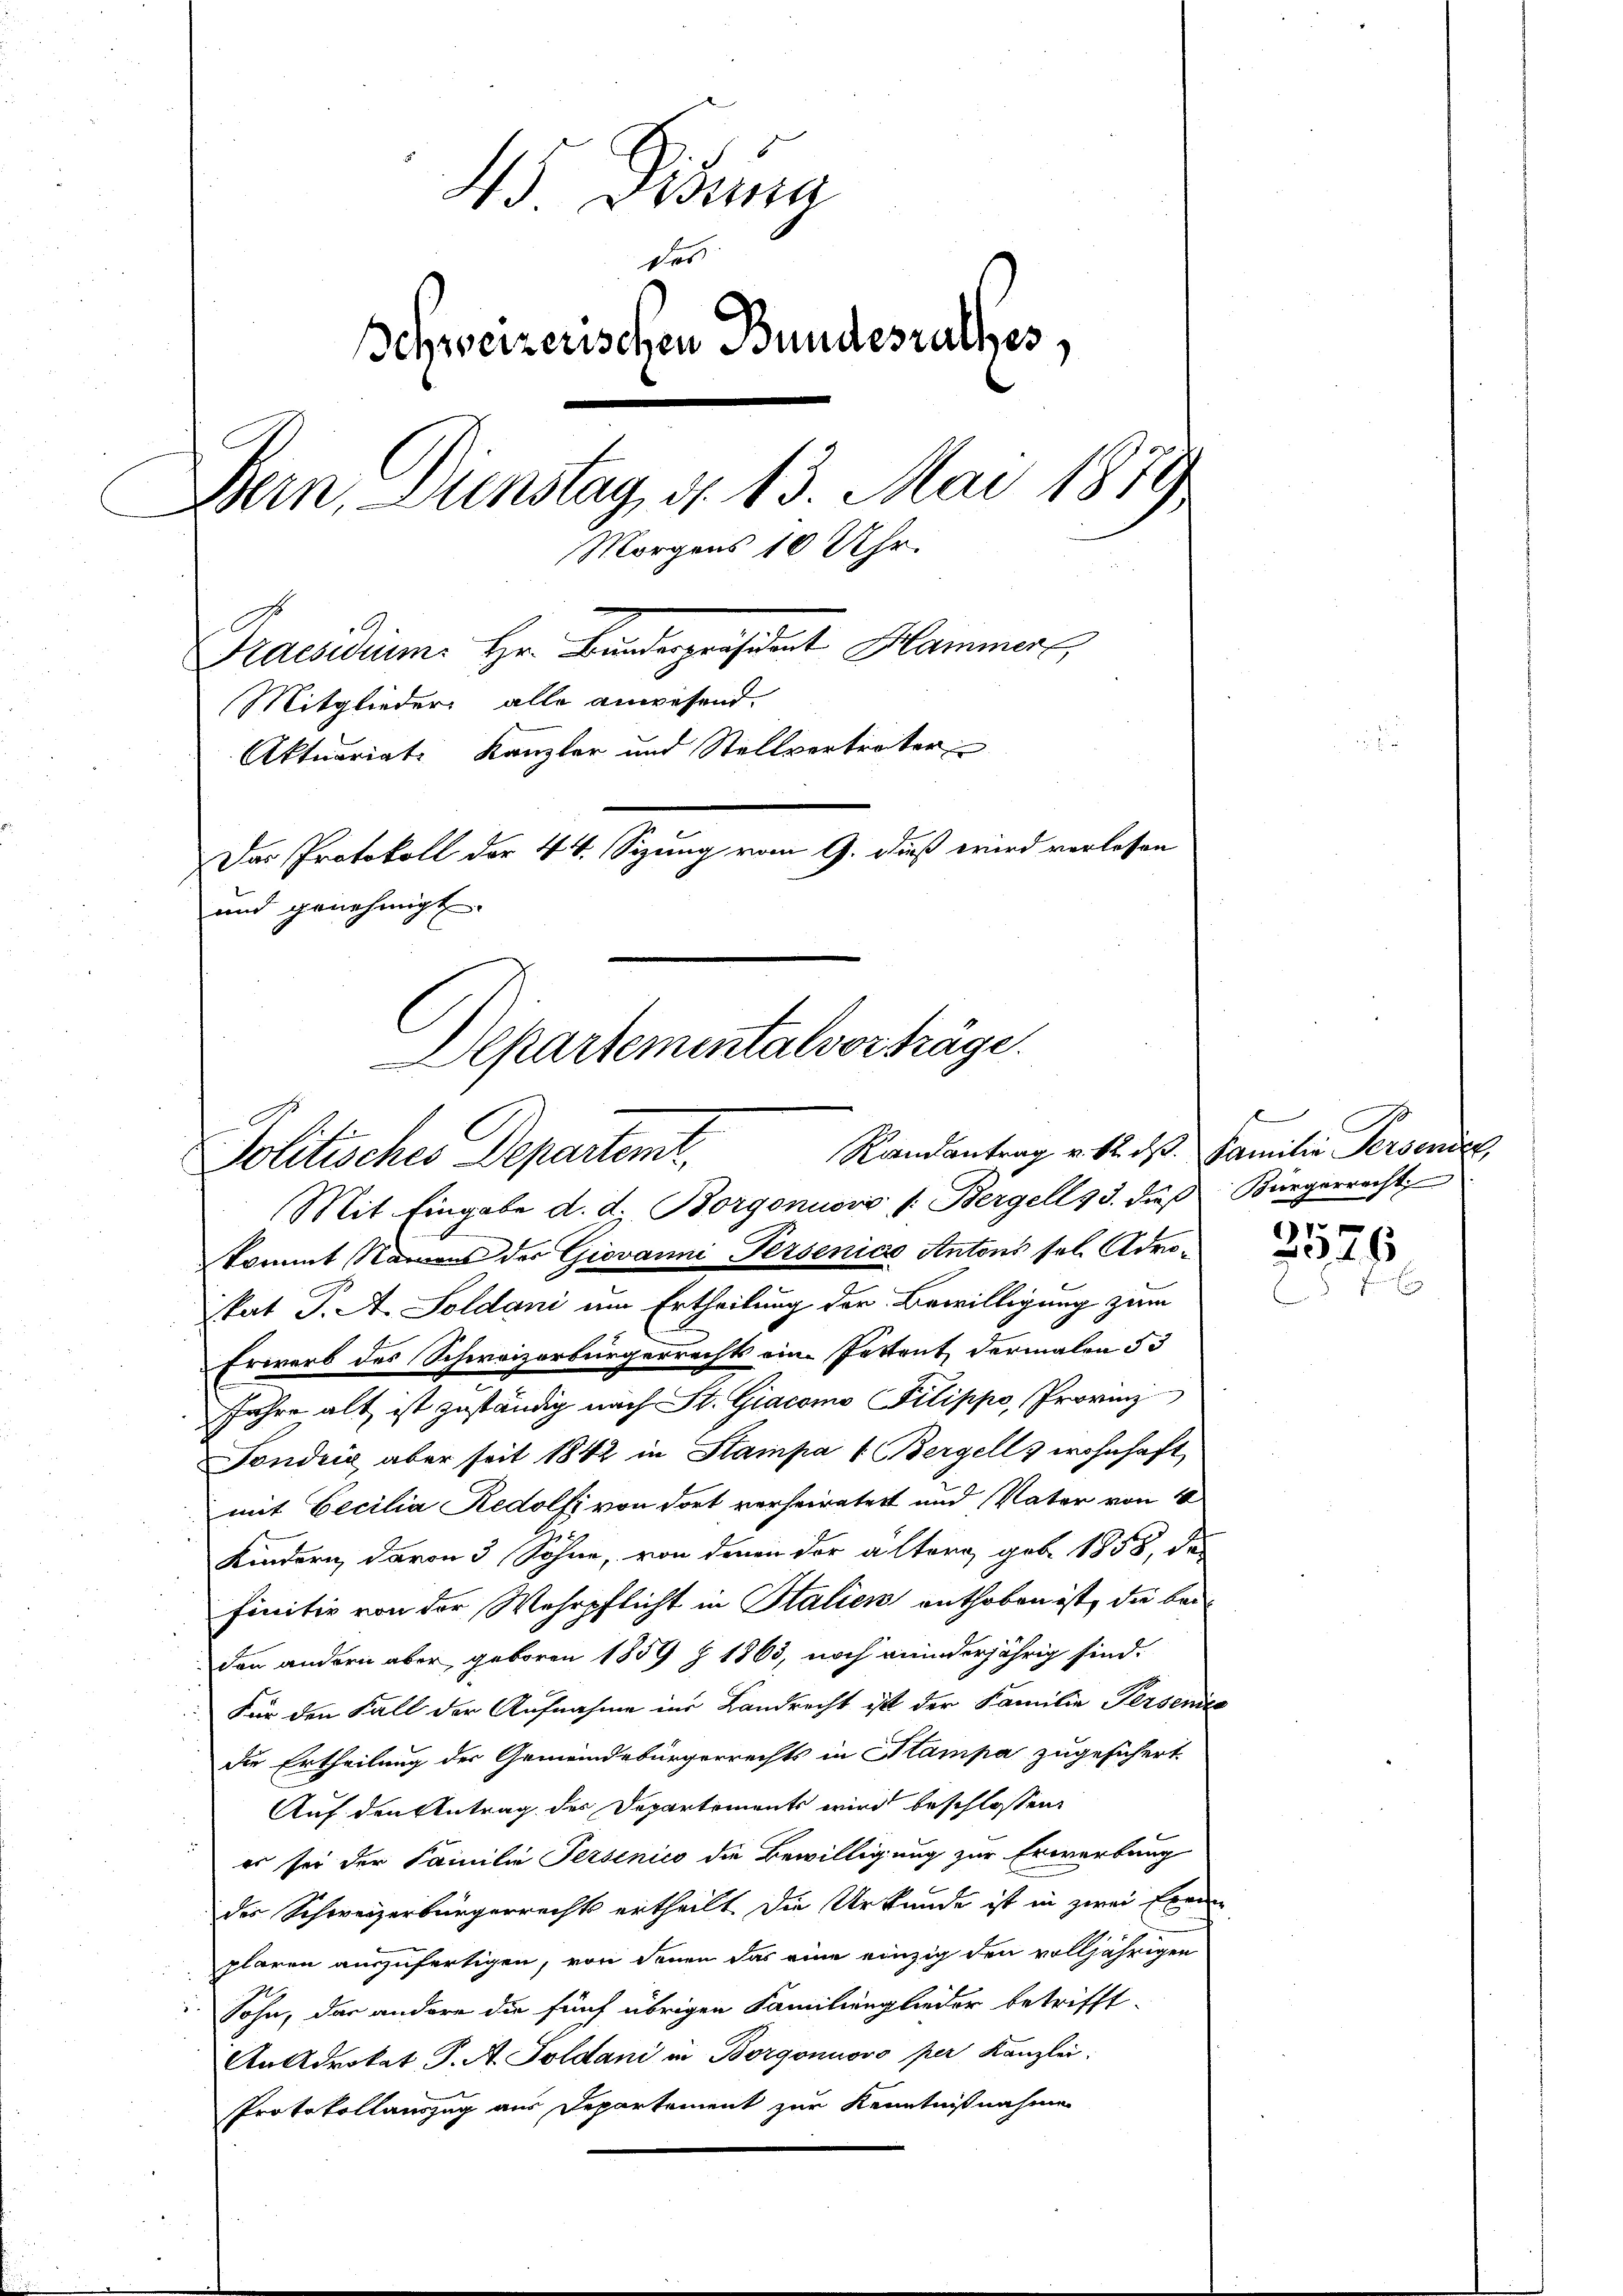
45 Didung
des
Schweizerischen Bundesrathes,
Bern Dienstag, d. 13. Mai 1879
Morgens 10 Uhr.
Praesidium. Hr. Bundepräsident Hammer,
Mitglieder alle anwesend.
Aktuariat Kanzler und Stellvertreter
Der Protokoll der 44. Sizung vom 9. dieß wird verlassen
und genehmigt.
Departementalvorträge.
e

Politisches Departemt,

Randantrag v. 12. ds. Familie Persender,
Mit Eingabe d. d. Borgonuovo /: Bergell s 3. dies Bürgerrecht
kommt Namens der Giovanni-Perseniae Antons sel. Adroskat P. A. Soldani um Ertheilung der Bewilligung zum
Erwarb des Schweizerbürgerrechts eine Postent dermalen 53
fahre alt ist zuständig nach St. Giacomo Pilippo, Provinz
Fondria aber seit 1842 in Stampa (Bergell & wohnhaft
mit Becilia Redolfs von dort verheiratet und Vater von 4
Kindern davon 3 Söhne, von denen der ältera geb. 1858, des
finitiv von der Wehrpflicht in Italien enthoben ist, die beiden andern aber geboren 1859 § 1863, noch meinderjährig sind.
Für den Fall der Aufnahme ins Landrecht ist der Familie Persendes
die Ertheilung der Gemeindebürgerrechts in Stampa zugesichert.
Auf den Antrag der Departements wird beschlossen:
er sei der Familie Persenico die Bewilligung zur Erwerbung
der Schweizerbürgerrechts ertheilt die Urkunde ist in zwei Exem
plaren auszufertigen, von denen das eine einzig den volljährigen
Sohn, das andere die fünf übrigen Familienglieder betrifft.
An Advokat P. A. Soldani in Borgonuovo per Kanzlei:
Protokollauszug aus Departement zur Kenntnißnahme

A

2526